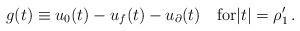
LaTeX: \begin{align*} g(t) \equiv u_0(t)-u_{f}(t)-u_{\partial}(t) \quad\mbox{for}|t|=\rho'_1 \,.\end{align*}